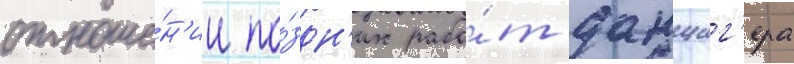
отноше́н'ии по́здн'их рабо́т данциг'ера